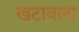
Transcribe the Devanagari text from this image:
खटावला